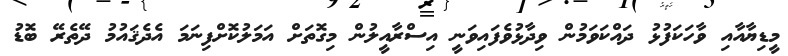
މީޑިޔާއާއި ވާހަކަފުޅު ދައްކަވަމުން ވިދާޅުވެފައިވަނީ އިސްރާއީލުން މިގޮތަށް އަމަލުކޮށްފިނަމަ އެދެޤައުމު ދޭތެރޭ ބޮޑު